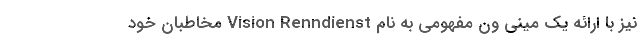
نیز با ارائه یک مینی ون مفهومی به نام Vision Renndienst مخاطبان خود